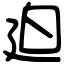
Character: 廹